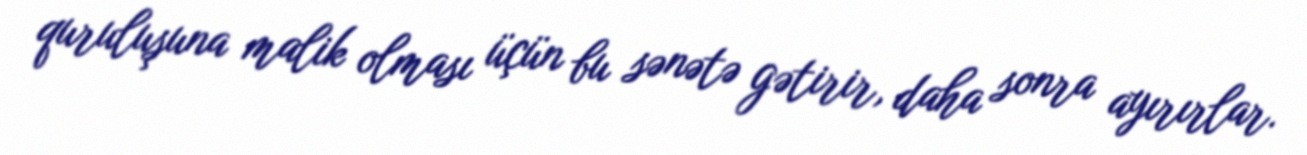
quruluşuna malik olması üçün bu sənətə gətirir, daha sonra ayırırlar.